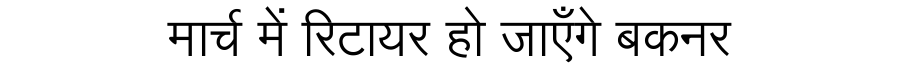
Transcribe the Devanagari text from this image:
मार्च में रिटायर हो जाएँगे बकनर